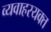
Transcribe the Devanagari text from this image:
व्यवाहरयक्त